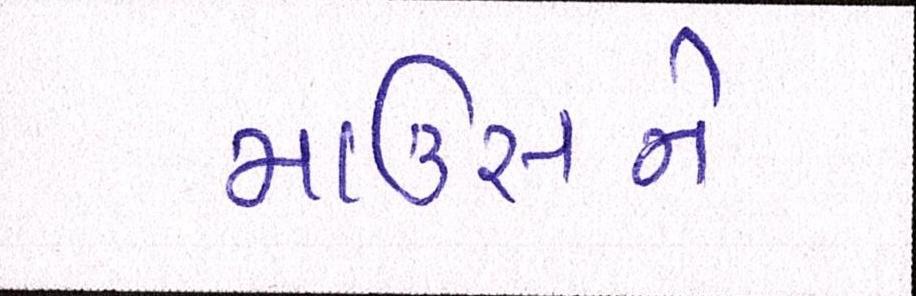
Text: માઉસને